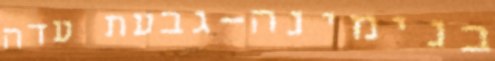
בנימינה-גבעת עדה